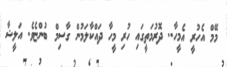
މޭމް އެހުރީ އެމީހާ.. ދޮރުމަތީގައި ހުރި މީހާ ދައްކާލަމުން ގާސިމް ބުންޏެވެ. އަލީޝާ